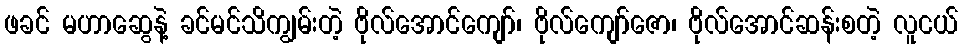
ဖခင် မဟာဆွေနဲ့ ခင်မင်သိကျွမ်းတဲ့ ဗိုလ်အောင်ကျော်၊ ဗိုလ်ကျော်ဇော၊ ဗိုလ်အောင်ဆန်းစတဲ့ လူငယ်